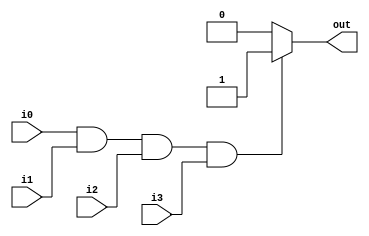
module and_gate (
    input i0,
    input i1,
    input i2,
    input i3,
    output reg out
);

always @(*) begin
    if (i0 && i1 && i2 && i3) begin
        out = 1;
    end else begin
        out = 0;
    end
end

endmodule